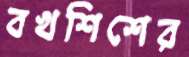
বখশিশের